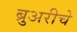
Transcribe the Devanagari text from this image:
ब्रुअरीचे